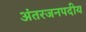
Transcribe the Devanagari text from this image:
अंतरजनपदीय